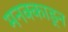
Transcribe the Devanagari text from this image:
मनक्काड्न